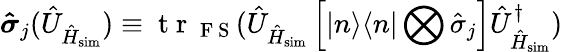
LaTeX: \boldsymbol{\hat{\sigma}}_{j}(\hat{U}_{\hat{H}_{\mathrm{sim}}})\equiv\mathrm{~t~r~}_{\mathrm{~F~S~}}(\hat{U}_{\hat{H}_{\mathrm{sim}}}\left[|n\rangle\langle n|\bigotimes\hat{\sigma}_{j}\right]\hat{U}_{\hat{H}_{\mathrm{sim}}}^{\dagger})